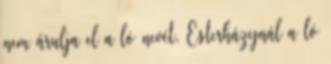
nem árulja el a ló nevét. Esterházynál a ló